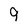
Character: 9